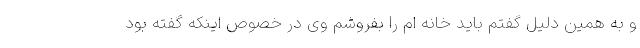
و به همین دلیل گفتم باید خانه ام را بفروشم وی در خصوص اینکه گفته بود